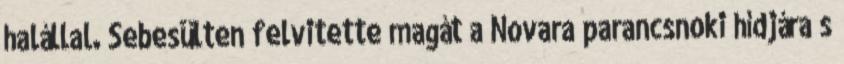
halállal. Sebesülten felvitette magát a Novara parancsnoki hídjára s